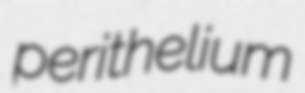
perithelium